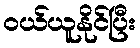
ဝယ်ယူနိုင်ပြီး